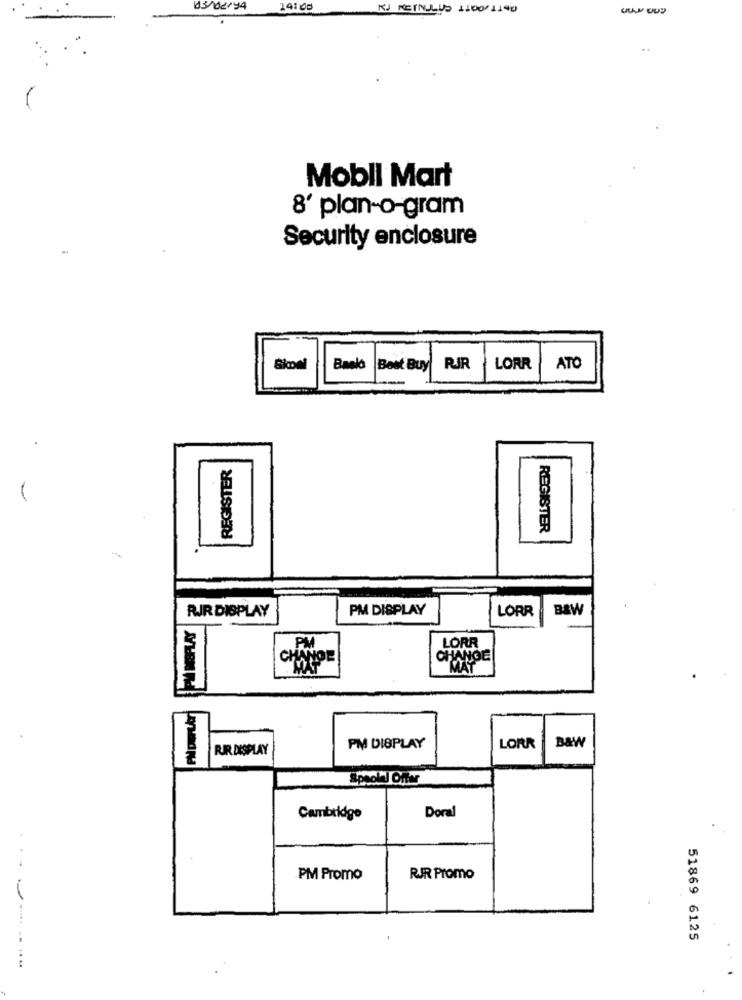
03/02/94
14:00
KJ KEINULUS 1100/1140
Mobil Mart
8' plan-o-gram
Security enclosure
Skowi
Baelo
Best Buy
RJR
LORR
ATO
REGISTER
REGISTER
RIR DISPLAY
PM DISPLAY
LORR
B&W
LORR
PM
CHANOE
CHANGE
MAY
B&W
RIR DISPLAY
PM DISPLAY
LORR
Spoolal Offar
Cambridge
Doral
PM Promo
RJR Promo
.----
51869 6125